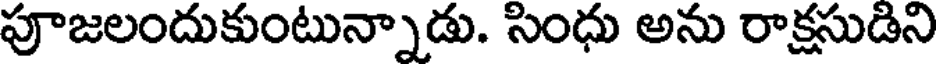
పూజలందుకుంటున్నాడు. సింధు అను రాక్షసుడిని